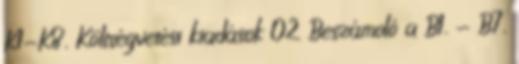
K1-K8. Költségvetési kiadások 02 Beszámoló a B1. - B7.